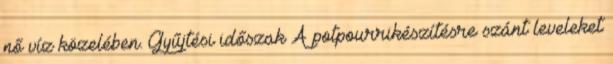
nő víz közelében. Gyűjtési időszak A potpourrikészítésre szánt leveleket